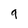
Character: 9